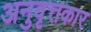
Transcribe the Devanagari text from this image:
अनुवृत्तकार